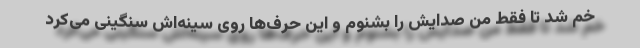
خم شد تا فقط من صدایش را بشنوم و این حرف‌ها روی سینه‌اش سنگینی می‌کرد